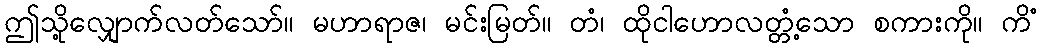
ဤသို့လျှောက်လတ်သော်။ မဟာရာဇ၊ မင်းမြတ်။ တံ၊ ထိုငါဟောလတ္တံ့သော စကားကို။ ကိံ